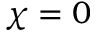
\chi = 0